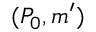
( P _ { 0 } , m ^ { \prime } )